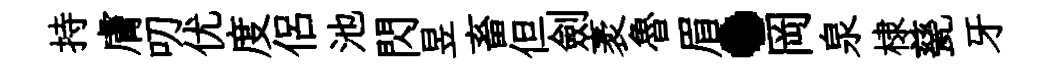
持膚叨优度侶池閃昱畜但劍袤魯眉·岡泉棣甆牙